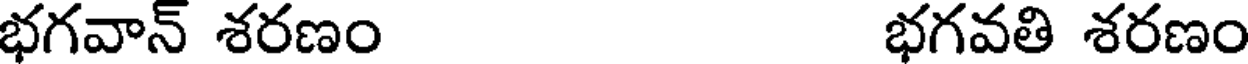
భగవాన్ శరణం భగవతి శరణం